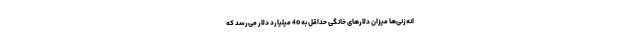
انه‌زنی‌ها میزان دلارهای خانگی حداقل به 40 میلیارد دلار می‌رسد که